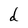
Character: d